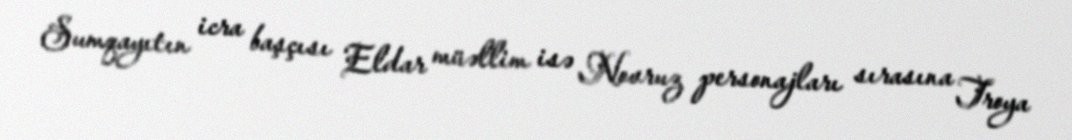
Sumqayıtın icra başçısı Eldar müəllim isə Novruz personajları sırasına Troya